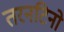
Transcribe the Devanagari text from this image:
तरनटिनो